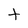
Character: t